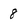
Character: 8